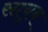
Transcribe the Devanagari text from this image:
सायुब